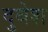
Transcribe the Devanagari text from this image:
दुबेश